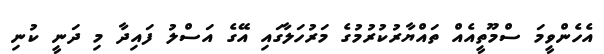
އެހެންވީމަ ސްމޫތީއެއް ތައްޔާރުކުރުމުގެ މަރުހަލާގައި އޭގެ އަސްލު ފައިދާ މި ދަނީ ކުނި